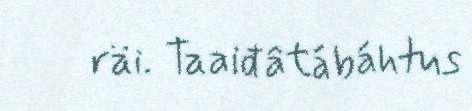
räi. Taaiđâtábáhtus